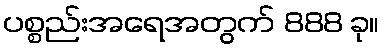
ပစ္စည်းအရေအတွက် 888 ခု။